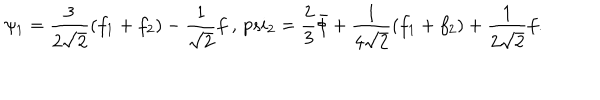
LaTeX: \psi _ { 1 } = \frac { 3 } { 2 \sqrt { 2 } } ( f _ { 1 } + f _ { 2 } ) - \frac { 1 } { \sqrt { 2 } } f \ , \, p s i _ { 2 } = \frac { 2 } { 3 } \bar { \phi } + \frac { 1 } { 4 \sqrt { 2 } } ( f _ { 1 } + f _ { 2 } ) + \frac { 1 } { 2 \sqrt { 2 } } f .